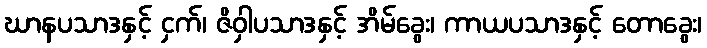
ဃာနပသာဒနှင့် ငှက်၊ ဇိဝှါပသာဒနှင့် အိမ်ခွေး၊ ကာယပသာဒနှင့် တောခွေး၊